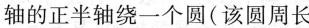
轴的正半轴绕一个圆(该圆周长